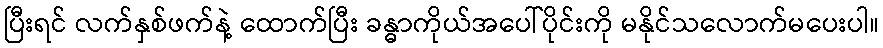
ပြီးရင် လက်နှစ်ဖက်နဲ့ ထောက်ပြီး ခန္ဓာကိုယ်အပေါ်ပိုင်းကို မနိုင်သလောက်မပေးပါ။